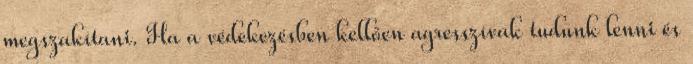
megszakítani. Ha a védekezésben kellően agresszívak tudunk lenni és